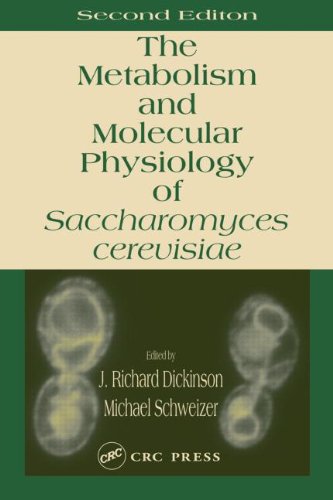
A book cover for Metabolism and Molecular Physiology of Saccharomyces Cerevisiae, 2nd Edition; Medical Books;